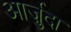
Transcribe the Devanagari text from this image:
आर्ज़ुदा